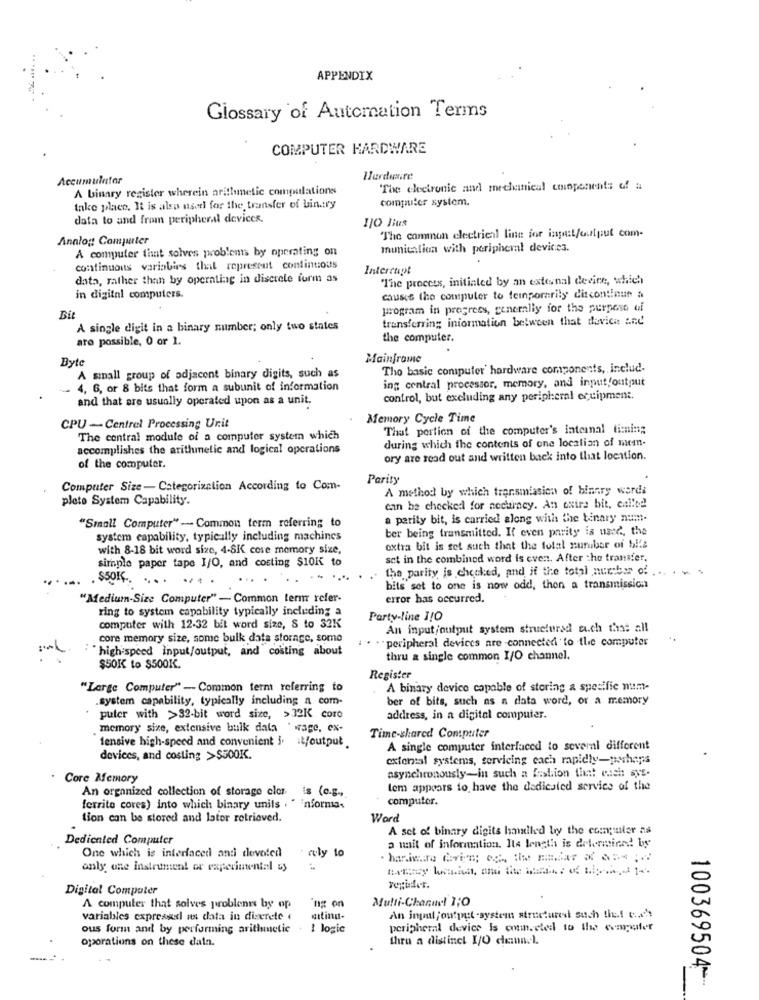
APPENDIX
Glossary of Automation Terms
COMPUTER HARDWARE
Accumulator
Herdire
A binary register wherein arithmetic compulations
The cleetronic and mechanical conponents of a
computer system.
take place. It is also used for the transfer of binary
data to and from peripheral devices.
The common electrienl line for input/output com-
Analog Computer
A computer that solves problems by operating on
munication with peripheral devices.
continuous variabirs that ropresent continuous
Interrupt
data, rather than by operating in discrete form as
"The process, initiated by an external devire, which
in digital computers.
causes the computer to temporarily discontinue a
program in progress, generally for the purpose of
Bit
transferring information between that device and'
A single digit in a binary number; only two states
are possible, 0 or 1.
the computer.
Byte
Mainframe
The basic computer hardware components, includ-
A small group of adjacent binary digits, such as
ing central processor, memory, and input/output
4, 6, or 8 bits that form a subunit of information
and that are usually operated upon as a unit.
control, but excluding any peripheral equipment.
Memory Cycle Time
CPU -Central Processing Unit
That portion of the computer's internal timing
The central module of a computer system which
during which the contents of one location of men-
accomplishes the arithmetic and logical operations
ory are read out and written back into that location.
of the computer.
Parity
Computer Size - Categorization According to Com-
A method by which transmission of binary warda
plete System Capability.
can be checked for neckuney. An extra bit, called!
a parity bit, is carried along with the binary num-
"Small Computer" - Common term referring to
ber being transmitted. If even parity is used, the
system capability, typically including machines
with 8-18 bit word size, 4-8K cose memory size,
extra bit is set such that the total nuruber of bile
simple paper tape I/O, and costing $10K to
set in the combined word is even. After the transfer,
the parity is checked, and if the total number of .
.$505 .. .... .
bits set to one is now odd, thon a transmission
"Medium-Size Computer" - Common term refer-
error has occurred.
ring to system capability typically including a
Party-line I/O
computer with 12-32 bit word size, S to 32K
An input/output system structured auch that all
core memory size, some bulk data storage, some
"peripheral devices are -connected to the computer
: "high-speed input/output, and costing about
thru a single common I/O channel.
$50K to $500K.
Register
"Large Computer" - Common term referring to
A binary device capable of storing a specific num-
.system capability, typically including a com-
ber of bits, such as a data word, or a memory
puter with >32-bit word size, >32K core
address, in a digital computer.
memory size, extensive bulk data ' wage, ex-
fensive high-speed and convenient i. it/output
Time-shared Computer
A single computer interlaced to several different
devices, and costing >$500K.
extental systems, servicing cach rapidly-perhaps
asynchronously-in such a fashion that euch avs-
Core Memory
An organized collection of storage eler is (e.g .,
lem appears to have the dedicated servies of the
computer.
ferrite cores) into which binary units . " informa-
tion can be stored and later retrieved.
Word
A set of binary digits handled by the computer as
Dedicated Computer
One which is interfaced and devoted
a mit of information. Ils length is determined by
- ruly to
only one instrument or experimental &>
Digital Computer
ing on
Multi-Channel 1;O
A computer that solves problenns by op
variables expressdl as data in discrete
An input ,output system structured such tief ta's
ous form and by performing arithmetic
1 logic
peripheral device Is connected to the computer
oporations on these daln.
thru a distinct 1/O demn.l.
100369504 --